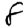
Digit: 8